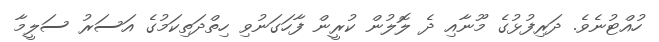
ހުއްޓުނެވެ. ދަރިފުޅުގެ މޫނާއި ދެ ލޮލުން ކުރީން ފާހަގަނުވި ހިތްދަތިކަމުގެ އަސަރު ސަލީމާ